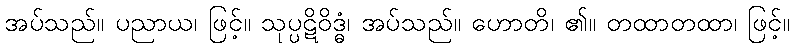
အပ်သည်။ ပညာယ၊ ဖြင့်။ သုပ္ပဋိဝိဒ္ဓံ၊ အပ်သည်။ ဟောတိ၊ ၏။ တထာတထာ၊ ဖြင့်။